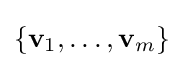
\{\mathbf {v} _{1},\dotsc ,\mathbf {v} _{m}\}